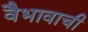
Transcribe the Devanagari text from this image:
वैभावाची